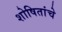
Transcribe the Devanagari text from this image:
शोषितांचे